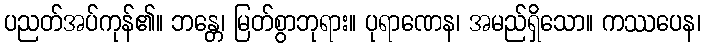
ပညတ်အပ်ကုန်၏။ ဘန္တေ၊ မြတ်စွာဘုရား။ ပုရာဏေန၊ အမည်ရှိသော။ ကဿပေန၊